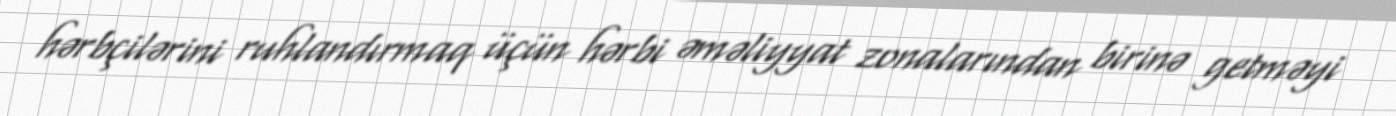
hərbçilərini ruhlandırmaq üçün hərbi əməliyyat zonalarından birinə getməyi